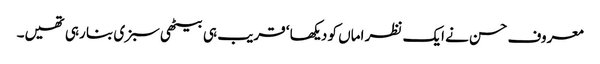
معروف حسن نے ایک نظر اماں کو دیکھا ‘ قریب ہی بیٹھی سبزی بنا رہی تھیں۔